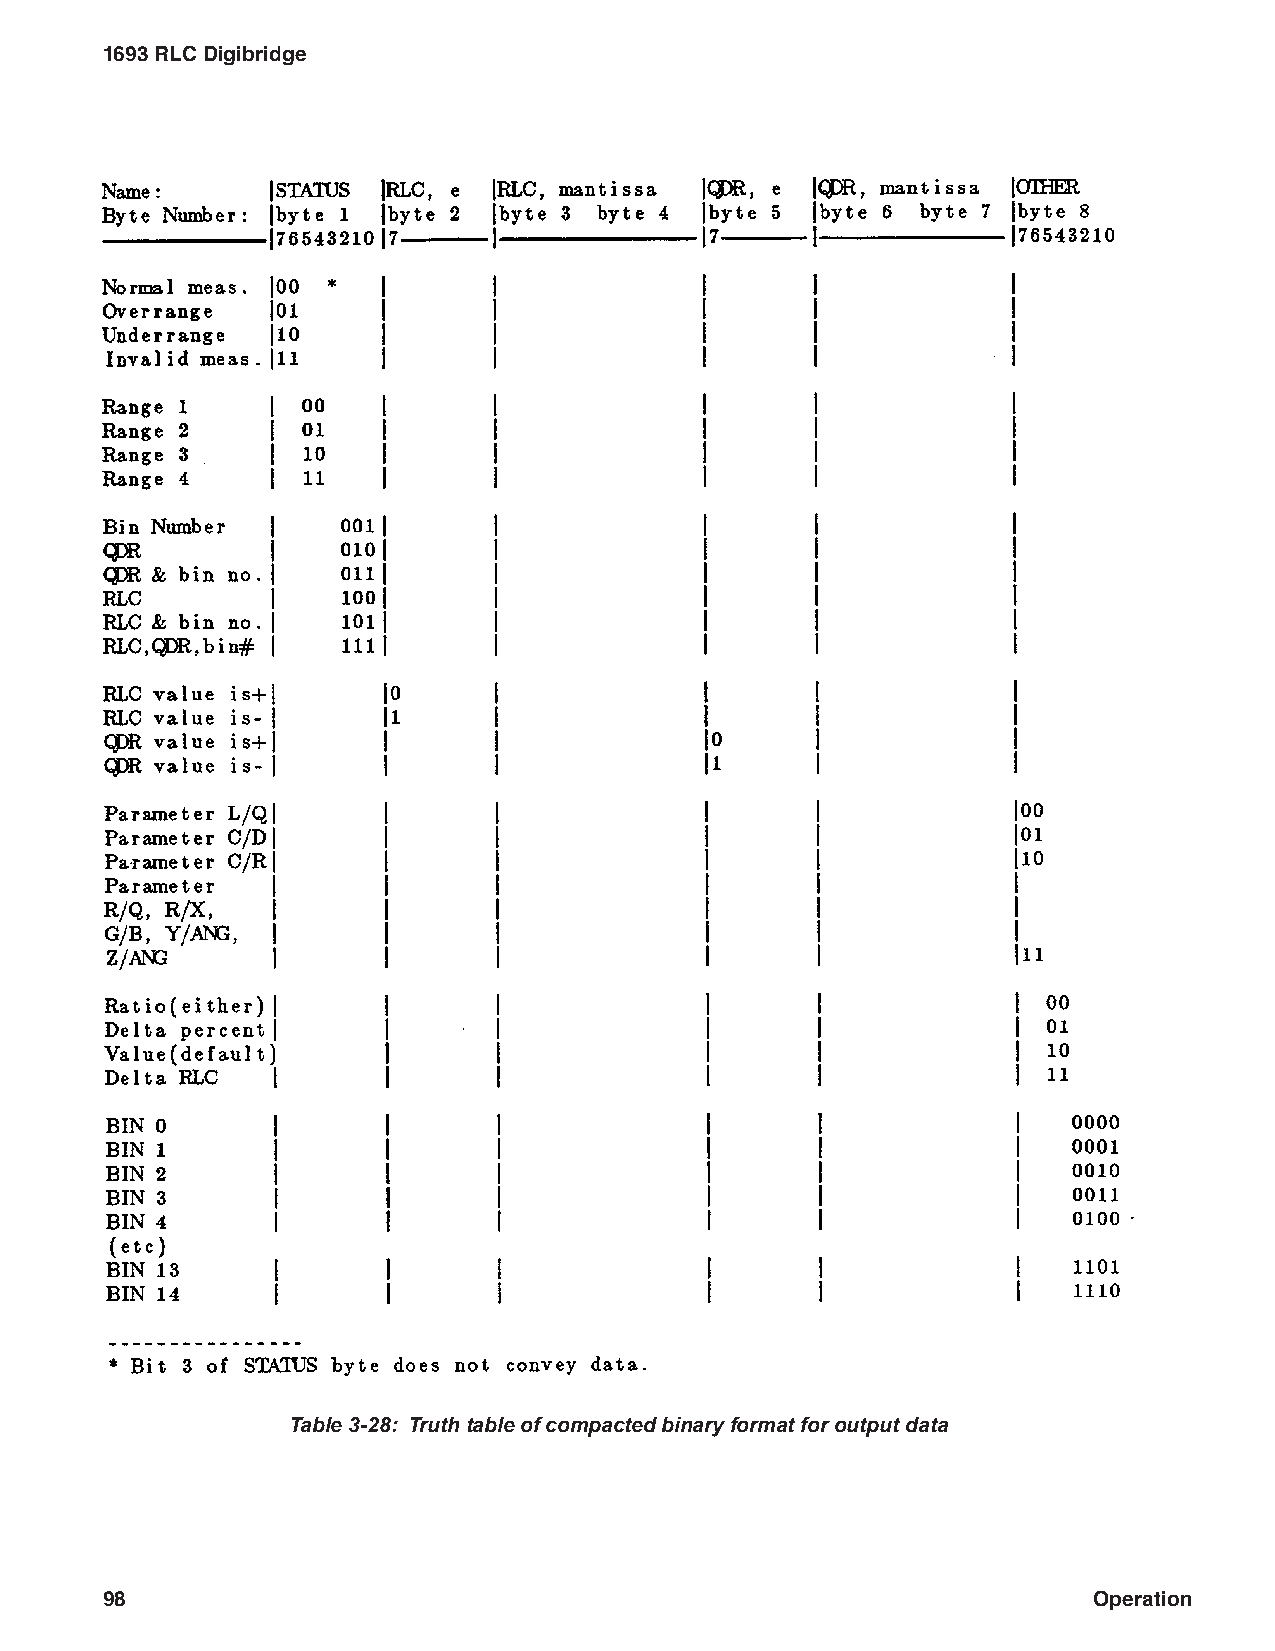
1693 RLC Digibridge
 Table 3-28: Truth table of compacted binary format for output data
 98                                                               Operation